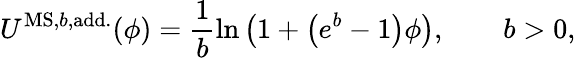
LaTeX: U^{\mathrm{MS,}b\mathrm{,add.}}(\phi)=\frac{1}{b}\mathrm{ln}\left(1+\left(e^{b}-1\right)\phi\right),\qquad b>0,